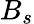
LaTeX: B_{s}